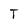
Character: T